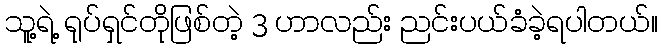
သူ့ရဲ့ ရုပ်ရှင်တိုဖြစ်တဲ့ 3 ဟာလည်း ညင်းပယ်ခံခဲ့ရပါတယ်။